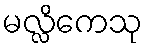
မလ္လိကေသု